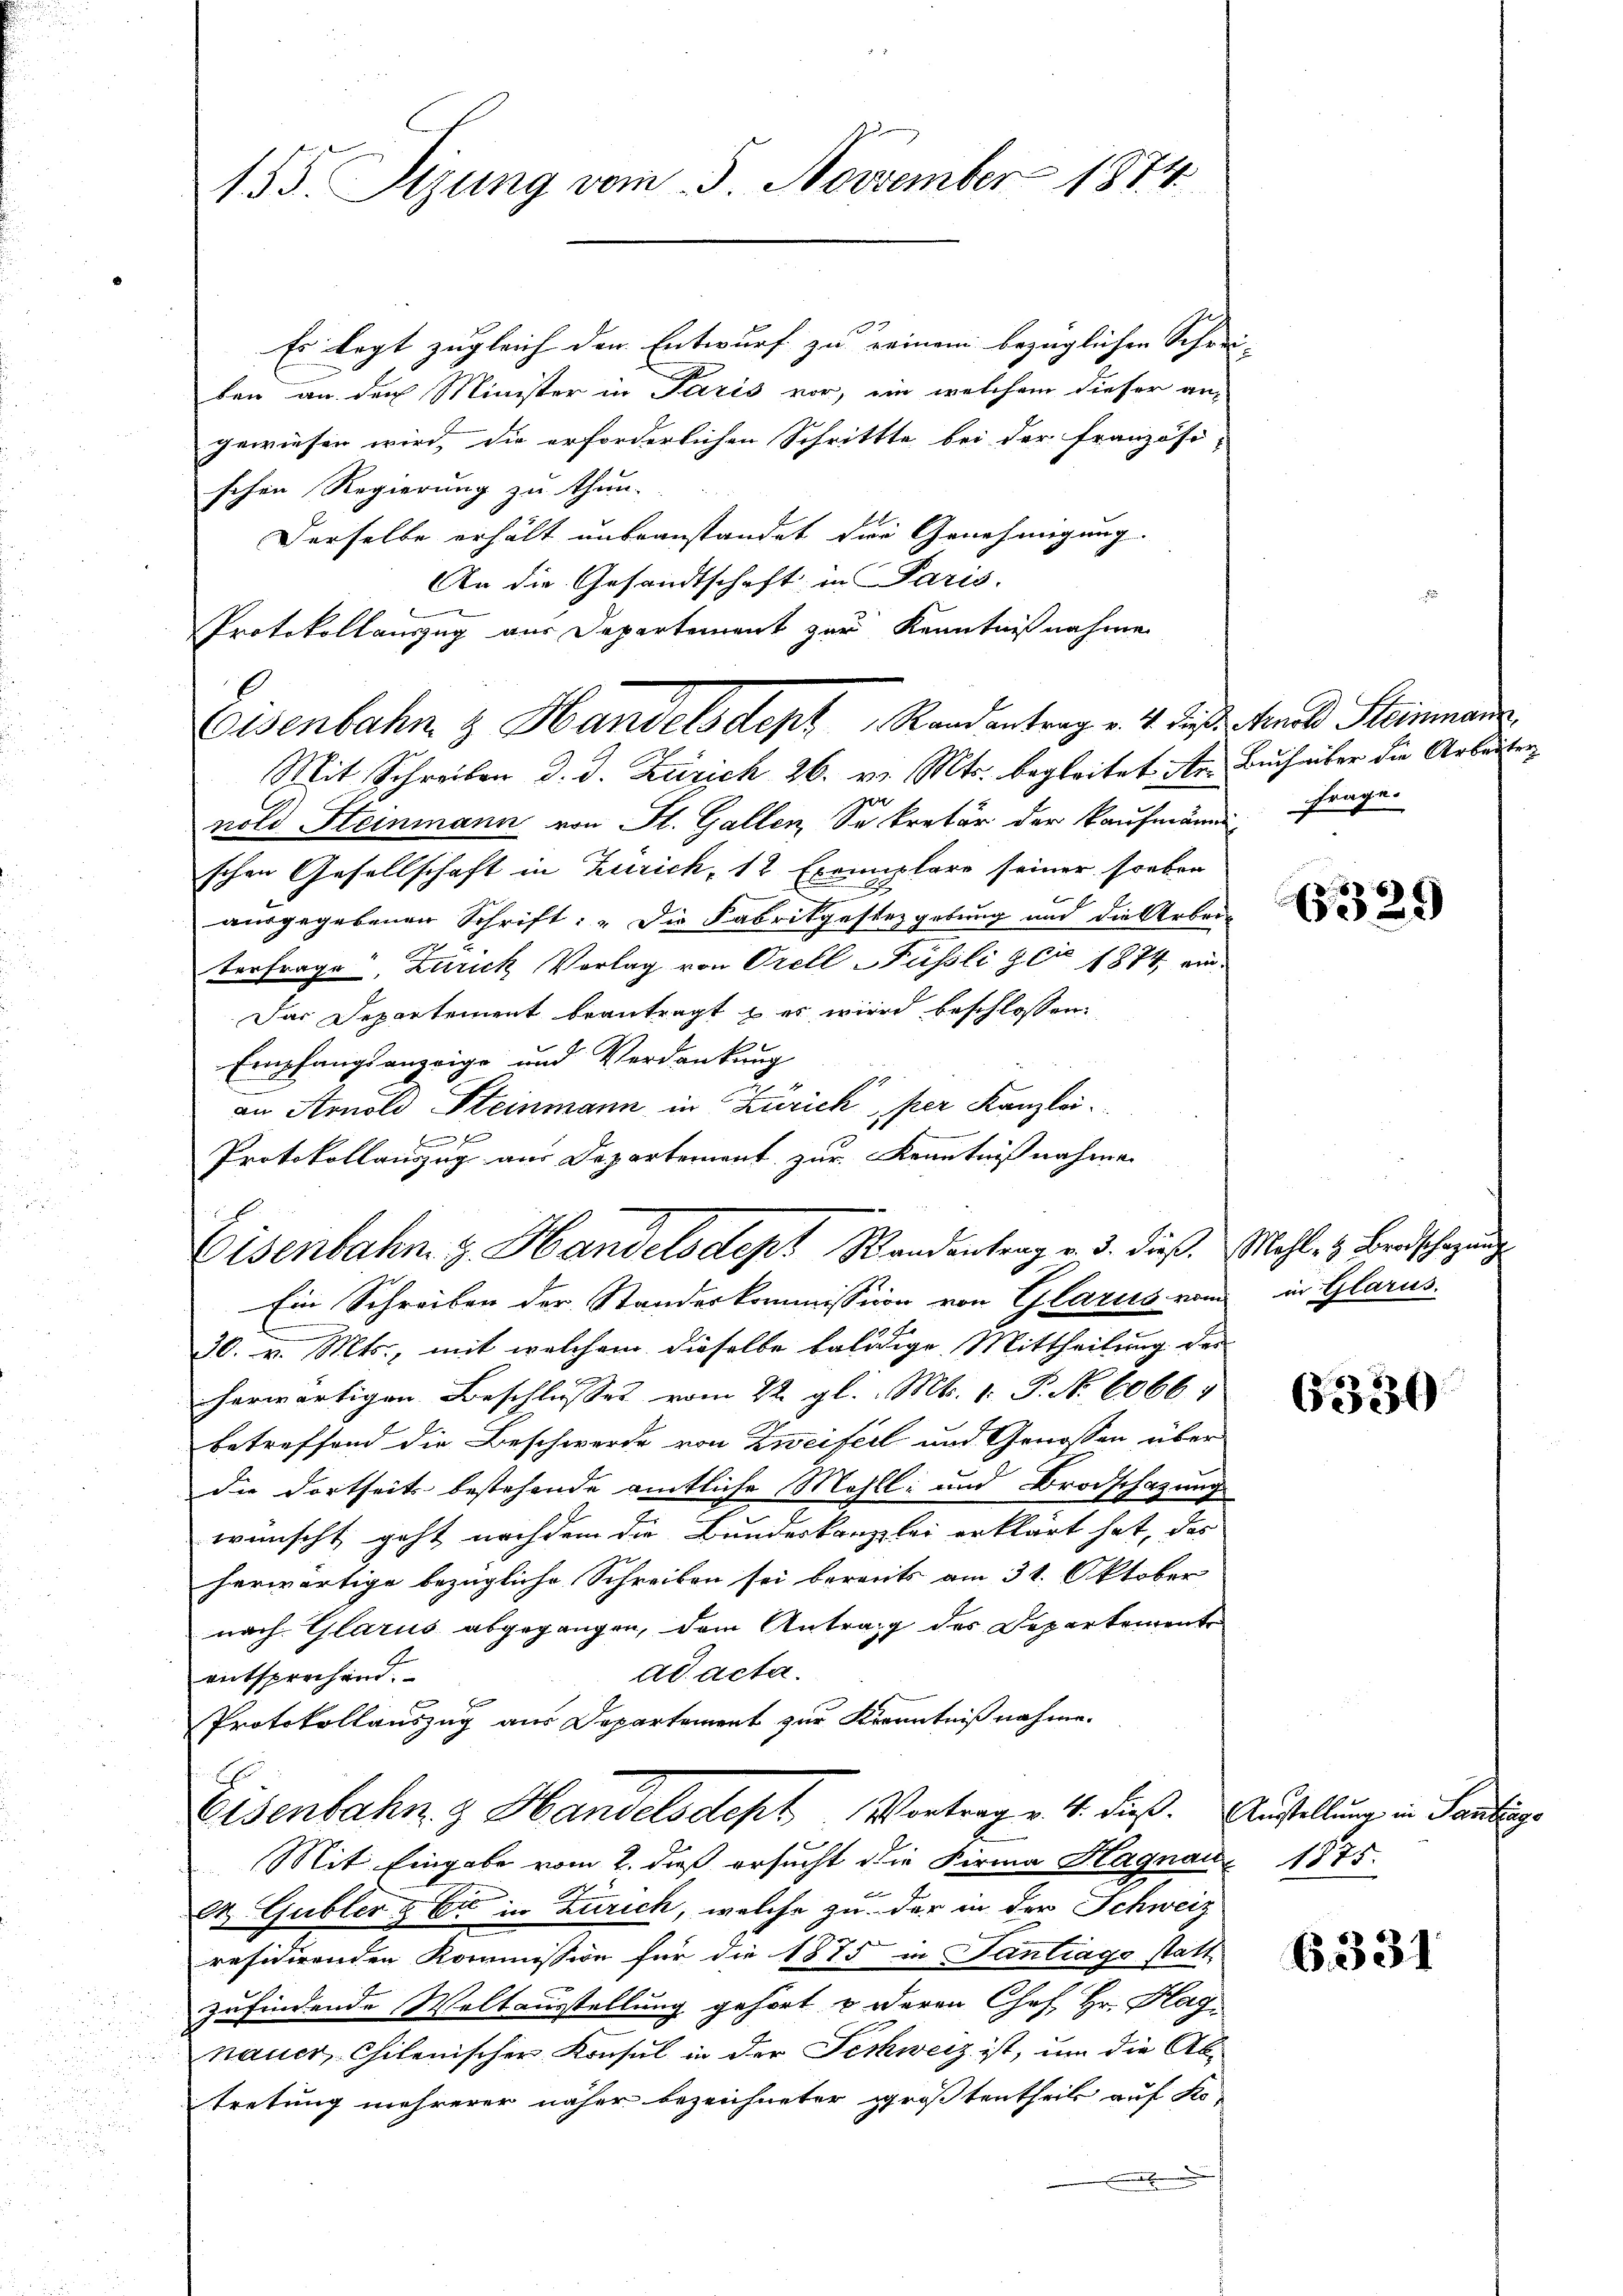
155. Sizung vom 5. November 1874.

Es legt zugleich den Entwurf zu seinem bezüglichen Schrei- |
ben an der Minister in Paris vor, ein welchem dieser an-
gewiesen wird, die erforderlichen Schrittte bei der Französi-
schen Regierung zu thun.
Derselbe erhält unbeanstandet die Genehmigung.
An die Gesandtschaft in Paris.
Protokollauszug aus Departement zur Kenntnißnahme
Mit Schreiben d. d. Zürich 26. v. Mts. begleitet. An Buchailer die Arbeiter
nold Steinmann von St. Gallen, Sekretär der Kaufmann Frage.
schen Gesellschaft in Zürich, 12 Exemplare seiner soeben
t
ausgegebenen Schrift: „Die Fabrikgestezgebung und die Arbei-
7
berfrage, Zürich Vorlag von Orell Püssli & Cie 1874 ein¬
Das Departement beantragt & es wird beschlossen:
Empfangsanzeige und Verdankung
2
an Arnold Steinmann in Zürich per Kanzlei.
f
Protokollauszug aus Departement zur Kenntnißnahmen
Eisenbahn. v. Handelsdept Wandentrag v. 3. dieß. Mehle & Bandschlagung
Ein Schreiben der Standeskommission von Glarus von in Glarus.
30. v. Mts., mit welchem dieselbe baldige Mittheilung des
s
herwärtigen Beschlusses vom 22. gl. Mts. 1. P. Nr. 6066
betreffend die Beschwerde von Zweifell und Genossen über
die dortseits bestehende amtliche Mahll: und Brodschazung
wünscht geht nachdem die Bundeskanzlei erklärt hat, das
herwärtige bezügliche Schreiben sei bereits am 31. Oktober
nach Glarus abgegangen, dem Antrag des Departemente
ad acta.
entsprechend.
H
Protokollauszug aus Departement zur Kenntnißnahme.
Eisenbahn & Handelsdept Vortrag v. 4. dieß. Austellung in Tanterge
Mit Eingabe vom 2. daß ersucht die Firma Hagnau 1875.
2 Gubler & Cie in Zürich, welche zu der in der Schweiz
räsidirenden Kommission für die 1875 in Santrags statt
zufindende Weltausstellung gehört u. deren Chef Hr. Hag
nauer, Chilenischer Konsul in der Techweiz ist, um die Ab-
tretung mehrerer näher bezeichneter größtentheils auf Ko-
t

Eisenbahn & Handelsdept Randantrag v. 4. Diess. Moral Steinmann,

s

6329

630

6331